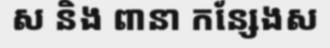
ស និង ពានា កន្សែងស